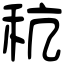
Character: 秔